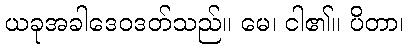
ယခုအခါဒေဝဒတ်သည်။ မေ၊ ငါ၏။ ပိတာ၊